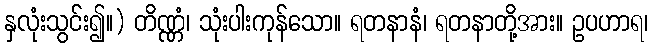
နှလုံးသွင်း၍။) တိဏ္ဏံ၊ သုံးပါးကုန်သော။ ရတနာနံ၊ ရတနာတို့အား။ ဥပဟာရ၊